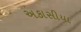
અકાસીયા